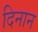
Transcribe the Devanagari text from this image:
दिनान